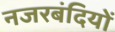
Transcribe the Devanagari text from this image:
नजरबंदियों